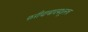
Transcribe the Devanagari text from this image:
फरीदाबादमधूनच